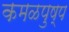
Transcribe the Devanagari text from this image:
कमळपुष्प